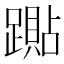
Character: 𰸭